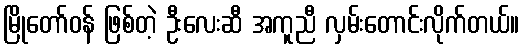
မြိုတော်ဝန် ဖြစ်တဲ့ ဦးလေးဆီ အကူညီ လှမ်းတောင်းလိုက်တယ်။